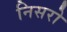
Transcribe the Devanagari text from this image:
निसरो